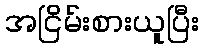
အငြိမ်းစားယူပြီး